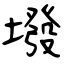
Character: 墢